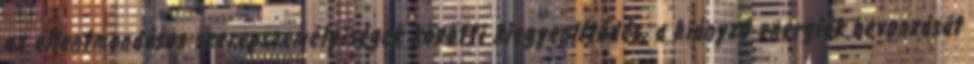
az ellentmondásos szerepszemélyiségek közötti kiegyenlítődés, a hiányzó energiák bevonzását